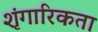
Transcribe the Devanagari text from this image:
शृंगारिकता